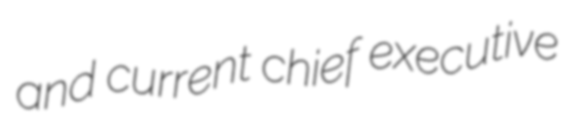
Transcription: and current chief executive